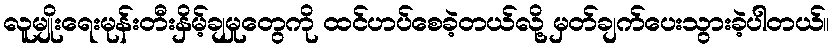
လူမျိုးရေးမုန်းတီးနှိမ့်ချမှုတွေကို ထင်ဟပ်စေခဲ့တယ်လို့ မှတ်ချက်ပေးသွားခဲ့ပါတယ်။